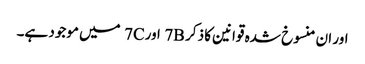
اور ان منسوخ شدہ قوانین کا ذکر 7B اور7C میں موجود ہے۔